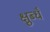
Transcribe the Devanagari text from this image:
क्षुब्धँ